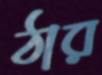
ঠার